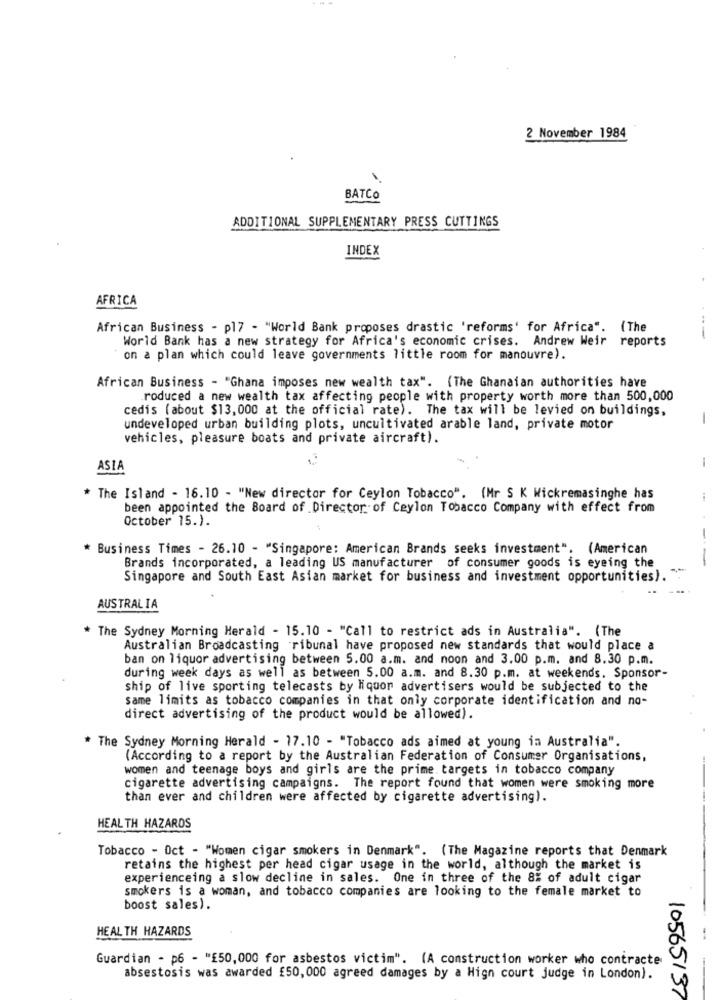
2 November 1984
BATCO
ADDITIONAL SUPPLEMENTARY PRESS CUTTINGS
INDEX
AFRICA
African Business - pl7 - "World Bank proposes drastic 'reforms' for Africa". (The
World Bank has a new strategy for Africa's economic crises. Andrew Weir reports
---
on a plan which could leave governments little room for manouvre).
African Business - "Ghana imposes new wealth tax". (The Ghanaian authorities have
roduced a new wealth tax affecting people with property worth more than 500,000
cedis (about $13,000 at the official rate). The tax will be levied on buildings,
undeveloped urban building plots, uncultivated arable land, private motor
vehicles, pleasure boats and private aircraft).
-
ASIA
* The Island - 16.10 - "New director for Ceylon Tobacco". (Mr S K Wickremasinghe has
been appointed the Board of Director of Ceylon Tobacco Company with effect from
October 15.).
-
Business Times - 26.10 - "Singapore: American Brands seeks investment". (American
-
Brands incorporated, a leading US manufacturer of consumer goods is eyeing the
Singapore and South East Asian market for business and investment opportunities).
AUSTRALIA
* The Sydney Morning Herald - 15.10 - "Call to restrict ads in Australia". (The
Australian Broadcasting ribunal have proposed new standards that would place a
ban on liquor advertising between 5.00 a.m. and noon and 3.00 p.m. and 8.30 p.m.
during week days as well as between 5.00 a.m. and 8.30 p.m. at weekends. Sponsor-
ship of live sporting telecasts by liquor advertisers would be subjected to the
same limits as tobacco companies in that only corporate identification and no-
direct advertising of the product would be allowed).
* The Sydney Morning Herald - 17.10 - "Tobacco ads aimed at young in Australia".
(According to a report by the Australian Federation of Consumer Organisations,
women and teenage boys and girls are the prime targets in tobacco company
cigarette advertising campaigns. The report found that women were smoking more
than ever and children were affected by cigarette advertising).
HEALTH HAZARDS
Tobacco - Oct - "Women cigar smokers in Denmark". (The Magazine reports that Denmark
retains the highest per head cigar usage in the world, although the market is
experienceing a slow decline in sales. One in three of the 8% of adult cigar
smokers is a woman, and tobacco companies are looking to the female market to
boost sales).
HEALTH HAZARDS
Guardian - p6 - "E50,000 for asbestos victim". (A construction worker who contracte
absestosis was awarded £50,000 agreed damages by a High court judge in London).
10565137